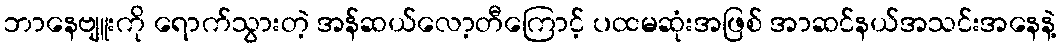
ဘာနေဗျူးကို ရောက်သွားတဲ့ အန်ဆယ်လော့တီကြောင့် ပထမဆုံးအဖြစ် အာဆင်နယ်အသင်းအနေနဲ့